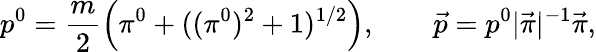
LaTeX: p^{0}=\frac m2\left(\pi^{0}+((\pi^{0})^{2}+1)^{1/2}\right),\qquad\vec{p}=p^{0}|\vec{\pi}|^{-1}\vec{\pi},